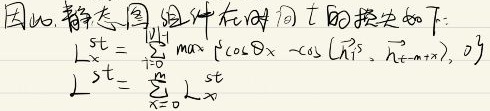
因此静态图组中在时间 $t$ 的损失如下:
\[L_{x}^{st}=\sum_{n = 0}^{|H| - 1}\max\{\cos\theta-\cos(\vec{h}_{t - n}^{\tau},\vec{h}_{t - m + n}^{\tau}),0\}\]
\[L^{st}=\sum_{x = 0}^{X}L_{x}^{st}\]